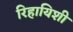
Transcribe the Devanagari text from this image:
रिहायिशी